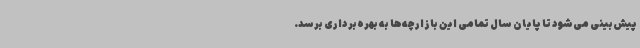
پیش‌بینی می‌شود تا پایان سال تمامی این بازارچه‌ها به بهره‌برداری برسد.